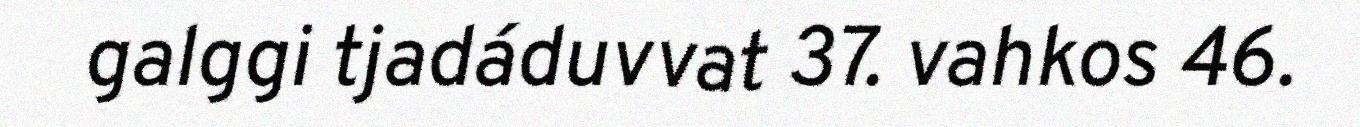
galggi tjadáduvvat 37. vahkos 46.